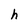
Character: h